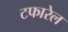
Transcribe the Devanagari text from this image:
टफारेल